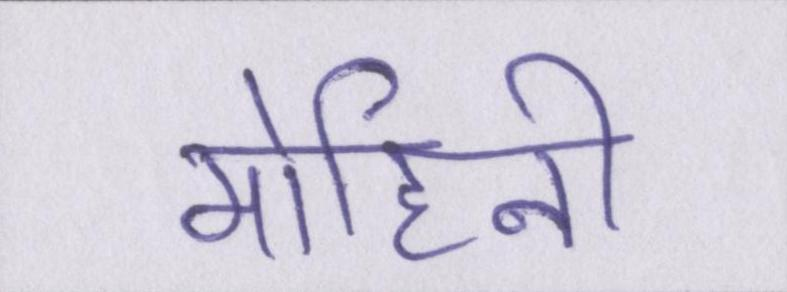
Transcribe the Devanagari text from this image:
मोहिनी